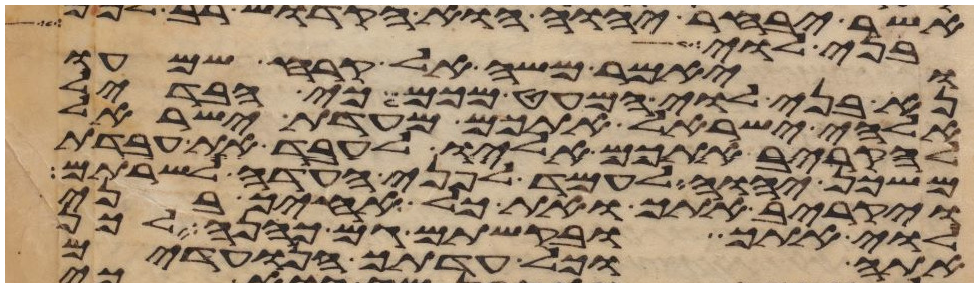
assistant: בני לוי
ויאמר משה אל קרח שמעו
נא בני לוי המעט מכם כי הבדיל
אלהי ישראל אתכם מעדת ישראל
להקריב אתכם אליו לעבד את עבדת
משכן יהוה לעמד לפני העדה לשרתם
ויקריב אתך ואת כל אחיך בני
לוי אתך ובקשתם גם כהנה לכן
אתה וכל עדתך הנועדים